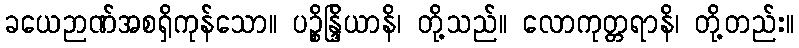
ခယေဉာဏ်အစရှိကုန်သော။ ပဉ္စိန္ဒြိယာနိ၊ တို့သည်။ လောကုတ္တရာနိ၊ တို့တည်း။